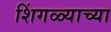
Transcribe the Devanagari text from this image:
शिंगळ्याच्या